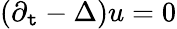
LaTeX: (\partial_{\mathtt{t}}-\Delta)u=0